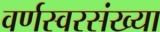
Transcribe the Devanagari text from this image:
वर्णस्वरसंख्या